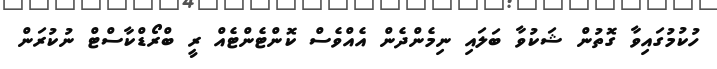
ހުކުމުގައިވާ ގޮތުން ޝަކުވާ ބަލައި ނިމެންދެން އެއްވެސް ކޮންޓެންޓެއް ރީ ބްރޯޑްކާސްޓް ނުކުރަން